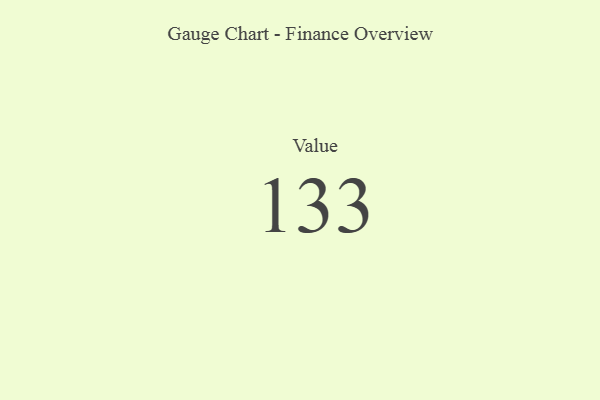
{"axis": {"x": "Metric", "y": "Value"}, "legend": [""], "data": [{"x": "Value", "y": 133, "type": ""}]}